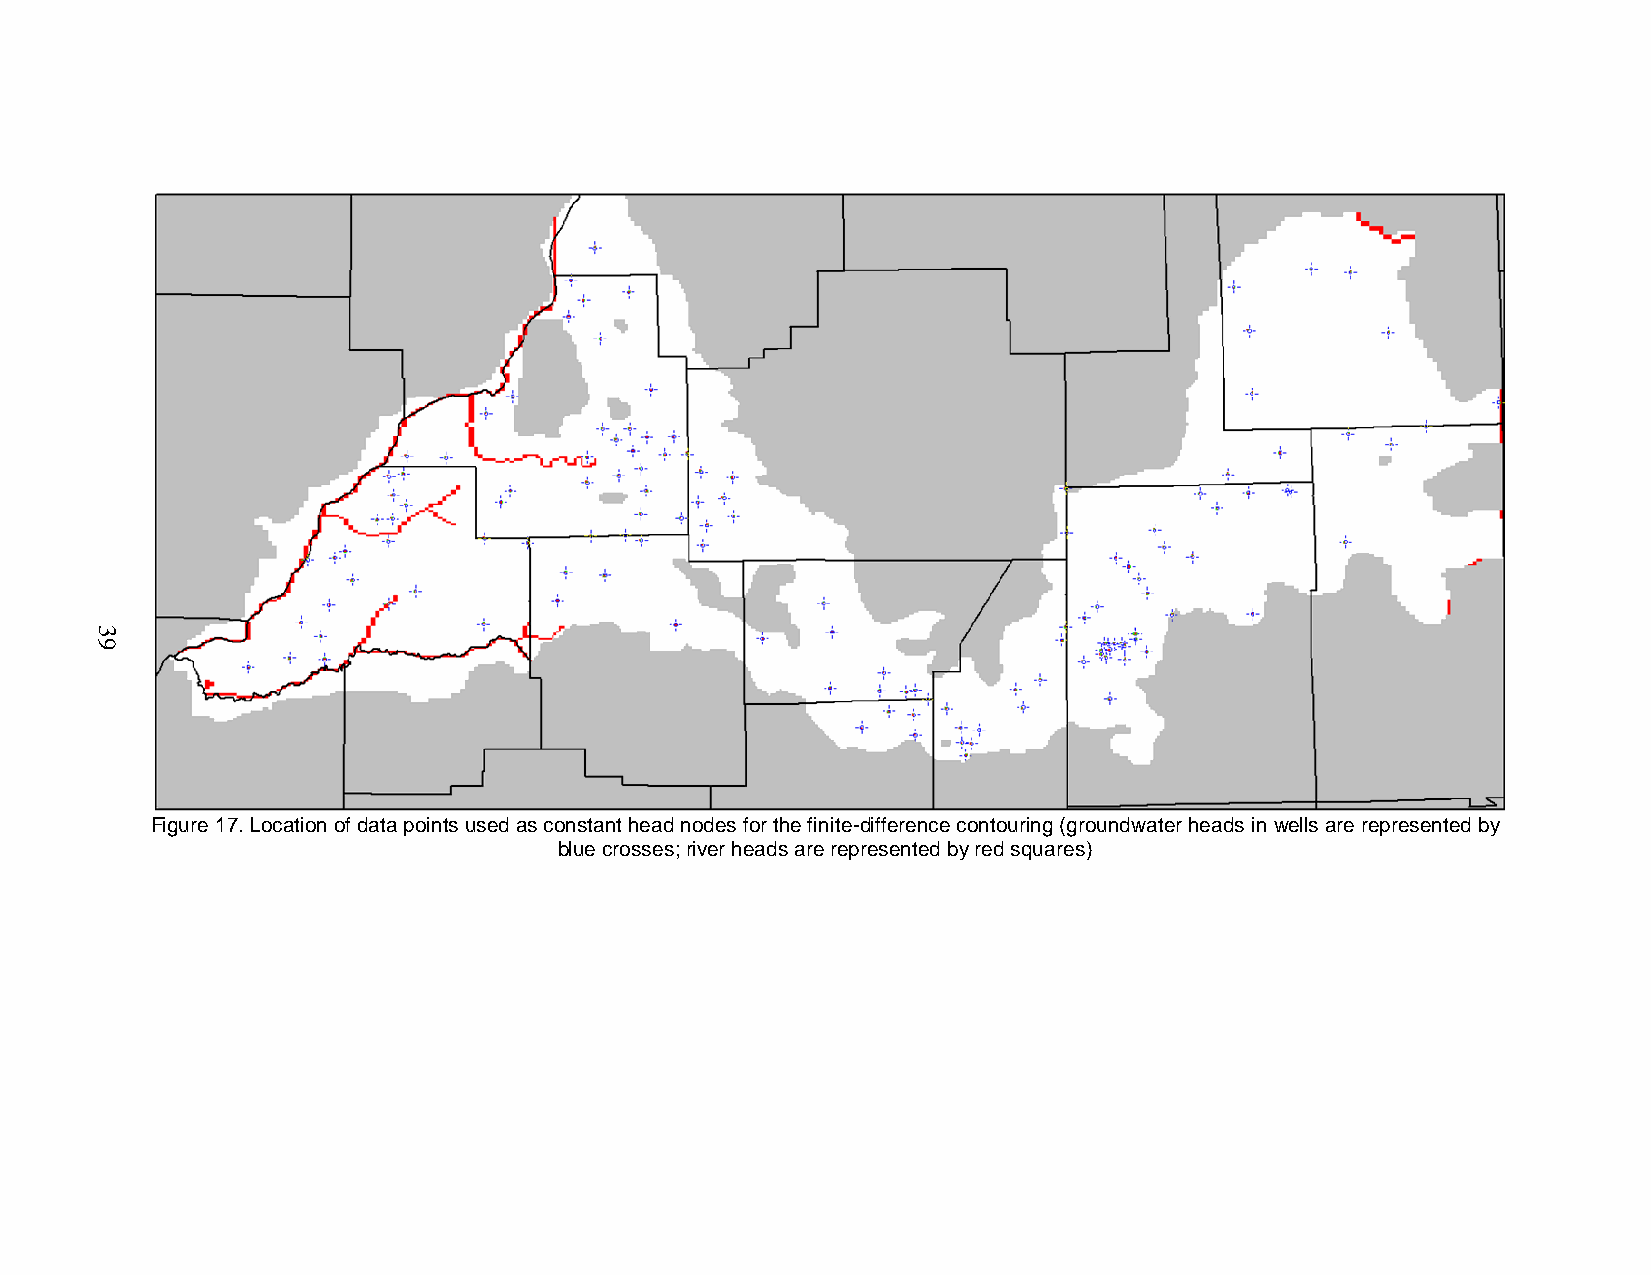
Figure 17. Location of data points used as constant head nodes for the finite-difference contouring (groundwater heads in wells are represented by
 blue crosses; river heads are represented by red squares)
 39